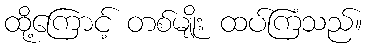
ထို့ကြောင့် တစ်မျိုး ထပ်ကြံသည်။